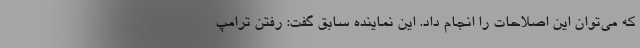
که می‌توان این اصلاحات را انجام داد. این نماینده سابق گفت: رفتن ترامپ